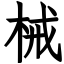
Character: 械